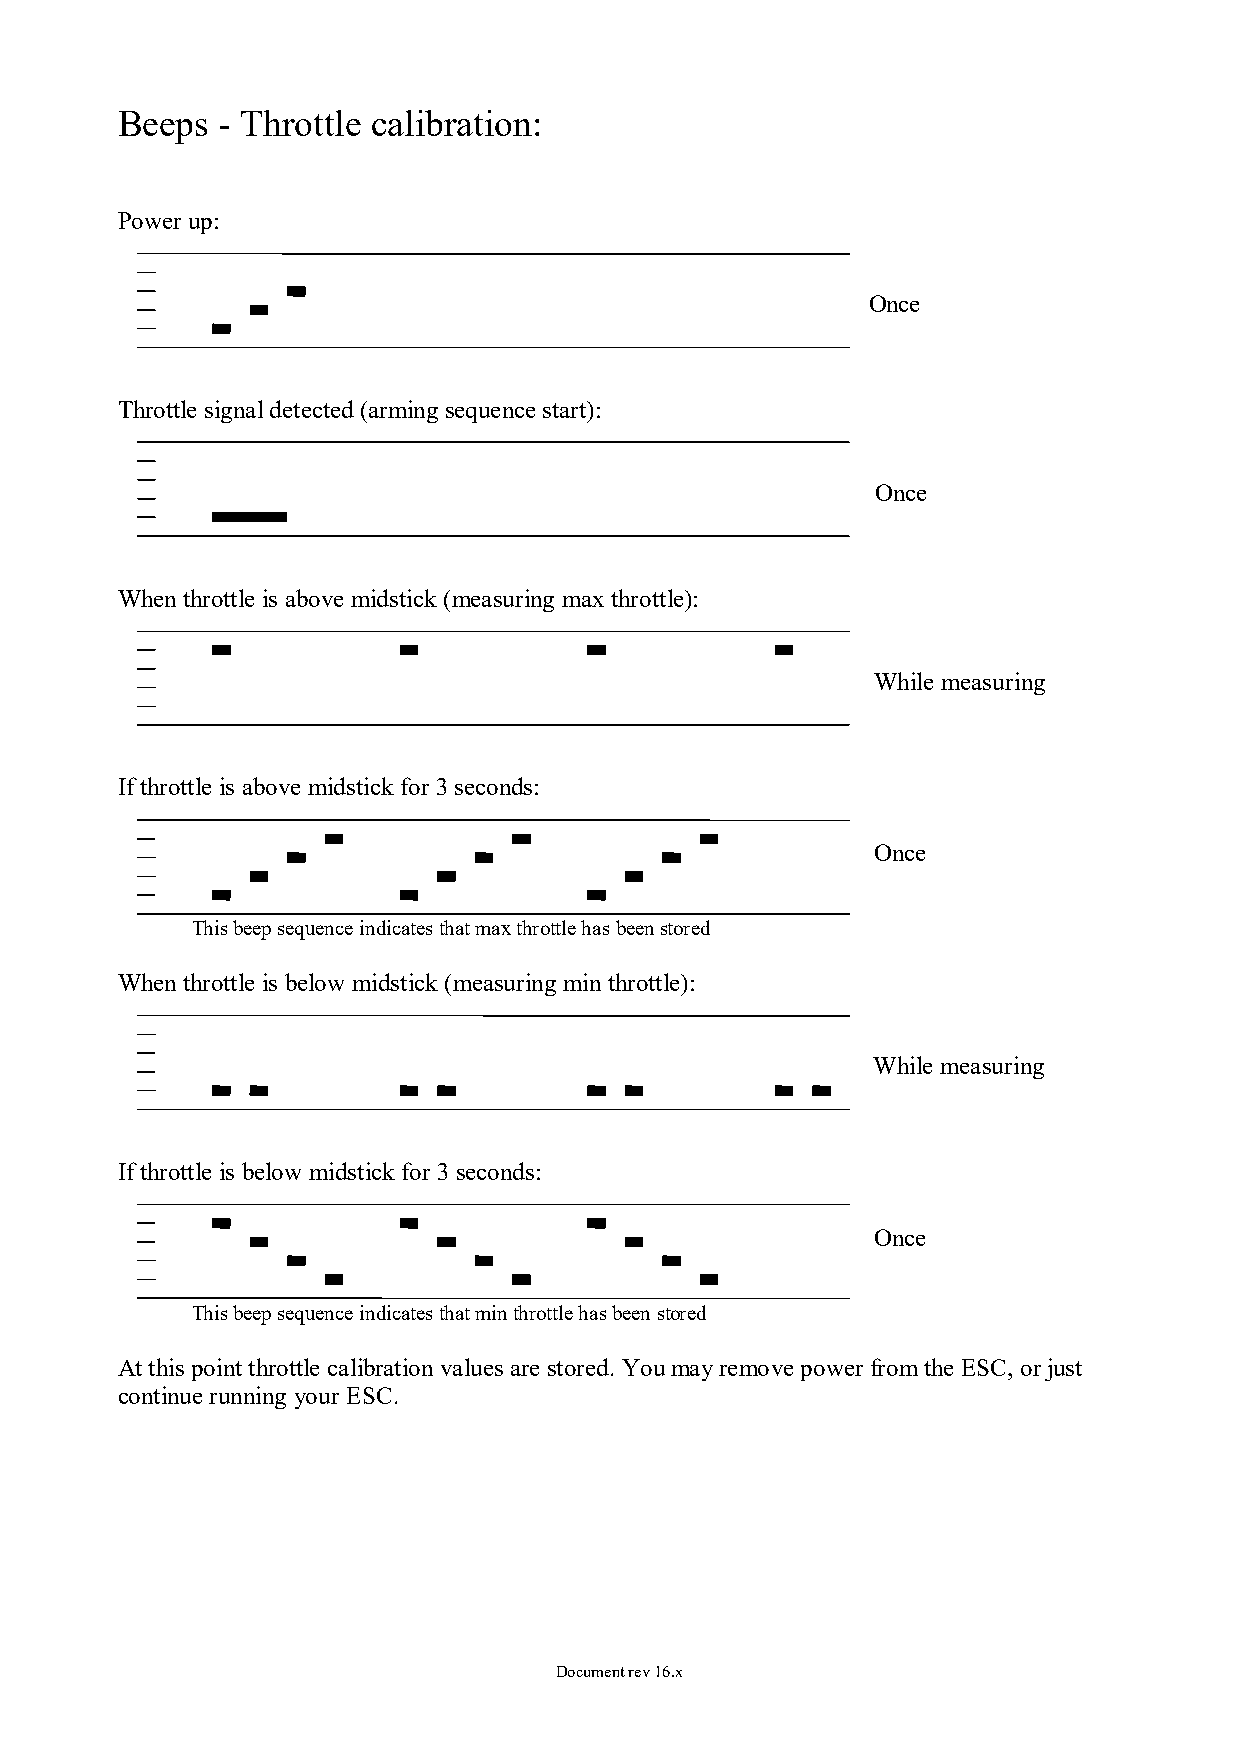
Beeps - Throttle calibration:
 Power up:
 Once
 Throttle signal detected (arming sequence start):
 Once
 When throttle is above midstick (measuring max throttle):
 While measuring
 If throttle is above midstick for 3 seconds:
 Once
 This beep sequence indicates that max throttle has been stored
 When throttle is below midstick (measuring min throttle):
 While measuring
 If throttle is below midstick for 3 seconds:
 Once
 This beep sequence indicates that min throttle has been stored
 At this point throttle calibration values are stored. You may remove power from the ESC, or just
 continue running your ESC.
 Document rev 16.x